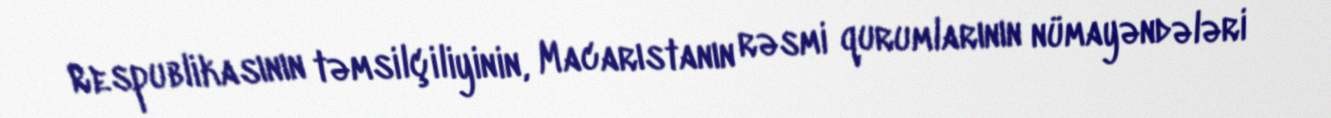
Respublikasının təmsilçiliyinin, Macarıstanın rəsmi qurumlarının nümayəndələri